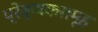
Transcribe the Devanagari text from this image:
प्रेक्षकसमूह